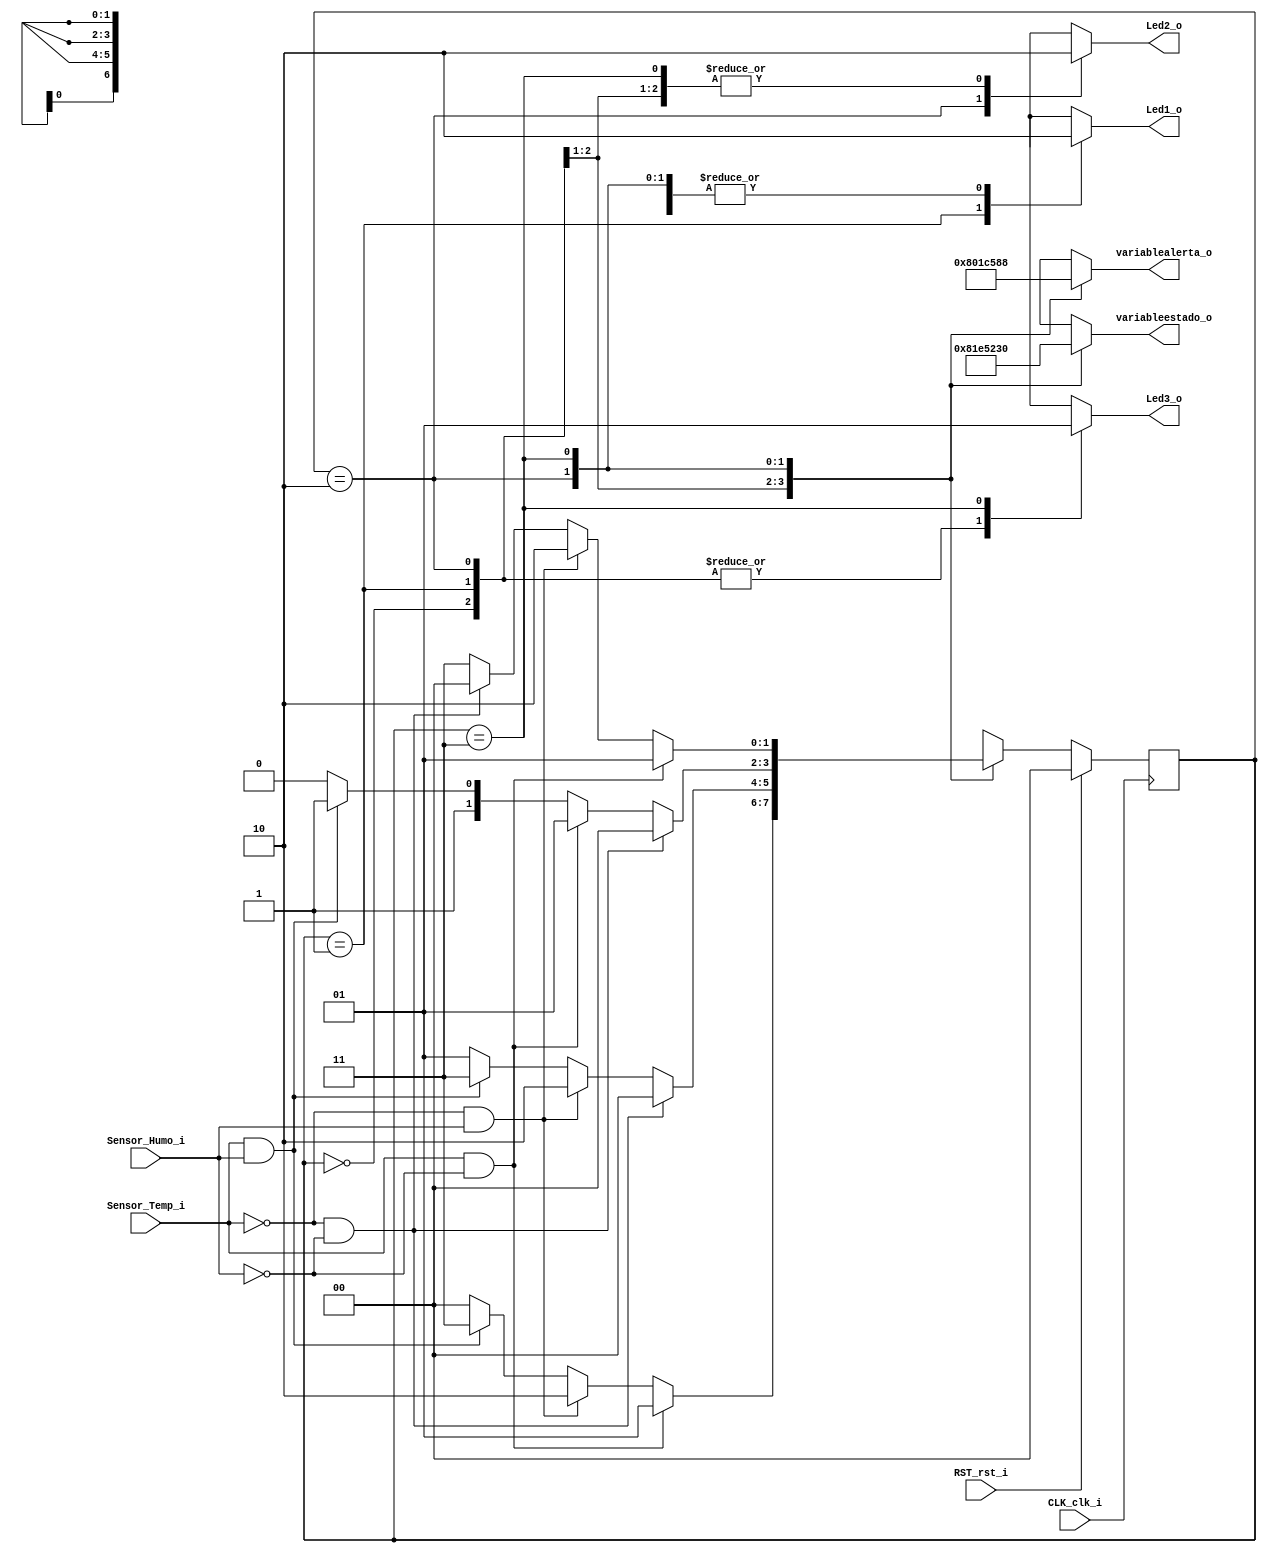
`timescale 1ns / 1ps
//////////////////////////////////////////////////////////////////////////////////
// Company: 
// Engineer: 
// 
// Design Name: 
// Module Name:    maqEst 
// Project Name: 
// Target Devices: 
// Tool versions: 
// Description: 
//
// Dependencies: 
//
// Revision: 
// Revision 0.01 - File Created
// Additional Comments: 
//
//////////////////////////////////////////////////////////////////////////////////
module maq_Digitales(Sensor_Temp_i,Sensor_Humo_i, CLK_clk_i, RST_rst_i, variablealerta_o, variableestado_o, Led1_o, Led2_o, Led3_o);

   input Sensor_Temp_i,Sensor_Humo_i,CLK_clk_i,RST_rst_i; // entradas y salidas de la maquina de estados	 
	output reg [6:0] variablealerta_o, variableestado_o;
	output reg Led1_o, Led2_o, Led3_o; 
	 
	 
	 
	reg [1:0] est_act;
	reg [1:0] est_prox; 
	parameter E0=2'b00, E1=2'b01, E2=2'b10, E3=2'b11; // estados y su numeracion correspondiente
		
	always @ (posedge CLK_clk_i ) 
		begin
			if (RST_rst_i) 
				est_act <= E0;
				
					
			else 
				est_act <= est_prox;
		end
			
			
			
		// las transiciones

	always @ (*) 
		begin
			est_prox <= est_act;
			
			case (est_act) // instrucciones a realizarse en cada uno de los estados
		
				E0:
					begin
				
						if (Sensor_Temp_i && ~Sensor_Humo_i)
							est_prox <= E1;
						
						else if (~Sensor_Temp_i && Sensor_Humo_i)
							est_prox <= E2;
					
						else if (Sensor_Temp_i && Sensor_Humo_i)
							est_prox <= E3;
						
						else 
							est_prox <= E0;
							begin
								variablealerta_o <= 7'b1000000;
								variableestado_o <= 7'b1000000;
								// variables de leds
								Led1_o <= 1'b0;  
								Led2_o <= 1'b0;
								Led3_o <= 1'b0;
							end						
						
					end
				
				E1:
					begin
				
						if (~Sensor_Temp_i && ~Sensor_Humo_i)
							est_prox <= E0;
						
						else if (~Sensor_Temp_i && Sensor_Humo_i)
							est_prox <= E2;
					
						else if (Sensor_Temp_i && Sensor_Humo_i)
							est_prox <= E3;
						
						else 
							est_prox <= E1;
							begin
								variablealerta_o <= 7'b0000111;
								variableestado_o <= 7'b1111001;
								Led1_o <= 1'b1;  
								Led2_o <= 1'b0;
								Led3_o <= 1'b0;
							end
						
					end
				
				E2:
					begin
				
						if (~Sensor_Temp_i && ~Sensor_Humo_i)
							est_prox <= E0;
						
						else if (Sensor_Temp_i && ~Sensor_Humo_i)
							est_prox <= E1;
					
						else if (Sensor_Temp_i && Sensor_Humo_i)
							est_prox <= E3;
						
						else 
							est_prox <= E2;
							begin
								variablealerta_o <= 7'b0001011;
								variableestado_o <= 7'b0100100;
								Led1_o <= 1'b0;  
								Led2_o <= 1'b1;
								Led3_o <= 1'b0;
							end
						
					end
				
				E3:
					begin
				
						if (Sensor_Temp_i && ~Sensor_Humo_i)
							est_prox <= E1;
							
						else if (~Sensor_Temp_i && Sensor_Humo_i)
							est_prox <= E2;
						
						else if (~Sensor_Temp_i && ~Sensor_Humo_i)
							est_prox <= E0;
							
						else 
							est_prox <= E3;
							begin
								variablealerta_o <= 7'b0001000;
								variableestado_o <= 7'b0110000;
								Led1_o <= 1'b0;  
								Led2_o <= 1'b0;
								Led3_o <= 1'b1;
							end
					
					end
											
			endcase
			
		end
		
endmodule